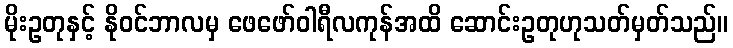
မိုးဥတုနှင့် နိုဝင်ဘာလမှ ဖေဖော်ဝါရီလကုန်အထိ ဆောင်းဥတုဟုသတ်မှတ်သည်။